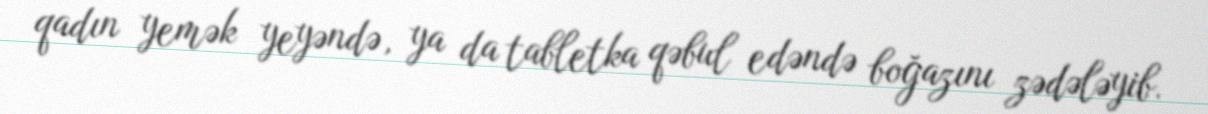
qadın yemək yeyəndə, ya da tabletka qəbul edəndə boğazını zədələyib.